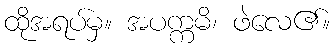
ထိုအရပ်မှ။ အပက္ကမိ၊ ဖဲလေ၏။